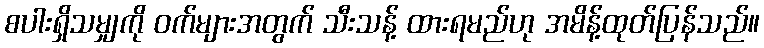
စပါးရှိသမျှကို ဝက်များအတွက် သီးသန့် ထားရမည်ဟု အမိန့်ထုတ်ပြန်သည်။